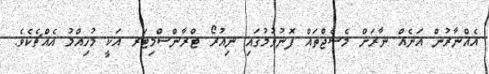
އެއްނާރުން އަނެއް ނާރަށް މެސެޖްތައް ފޮނުވުމުގައި ނިއުރޯ ޓްރާންސްމިޓަރ އަކީ މުހިއްމު އެއްޗެކެވެ.